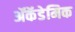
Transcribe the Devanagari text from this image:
ॲकॅडेमिक